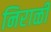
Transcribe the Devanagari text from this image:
निराळीं